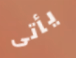
يأتى